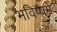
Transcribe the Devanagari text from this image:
भविष्‍यमें